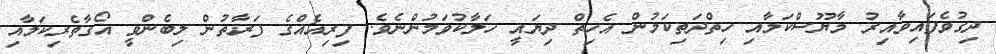
ދިގުވެފައިވާއިރު މާޔޫސްކަމާއި ހިތްދަތިކަމުން އެހިތް ދިޔައީ ހަލާކުވަމުންނެވެ. ފިރިއެއްގެ ފަރާތުން ލިބެންވީ އޯގާތެރިކަމާއި